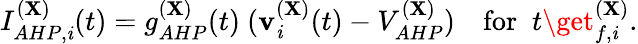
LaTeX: I_{AHP,\mathit{i}}^{(\mathbf{X})}(t)=g_{AHP}^{(\mathbf{X})}(t)~(\mathbf{v}_{\mathit{i}}^{(\mathbf{X})}(t)-V_{AHP}^{(\mathbf{X})})~~~\mathrm{{~for~}}\; t\get_{f,\mathit{i}}^{(\mathbf{X})}.